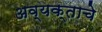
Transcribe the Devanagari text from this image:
अव्यक्ताचे